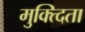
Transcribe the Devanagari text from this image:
मुक्त्दिता